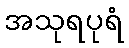
အသုရပုရံ